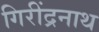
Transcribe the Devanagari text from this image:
गिरींद्रनाथ